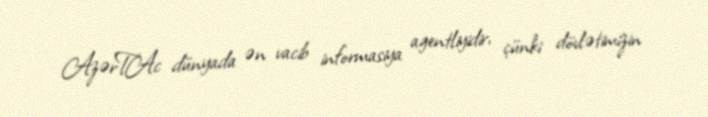
AzərTAc dünyada ən vacib informasiya agentliyidir, çünki dövlətimizin